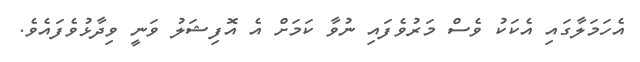
އެހަމަލާގައި އެކަކު ވެސް މަރުވެފައި ނުވާ ކަމަށް އެ އޮފިޝަލު ވަނީ ވިދާޅުވެފައެވެ.